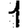
Digit: 1